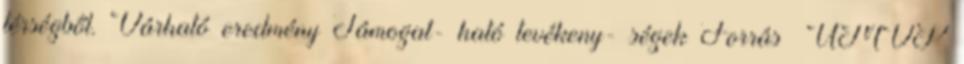
térségből. Várható eredmény Támogat- ható tevékeny- ségek Forrás ▪ÚMVP